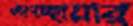
অপচ্ছায়ার